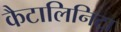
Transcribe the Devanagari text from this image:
कैटालिनिटा